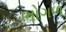
ભોગળ